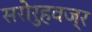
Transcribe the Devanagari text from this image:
सरोरुहवज्र